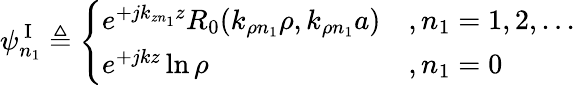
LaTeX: \psi_{n_{1}}^{\mathrm{~I~}}\triangleq\left\{ \begin{array}{ll}{e^{+jk_{zn_{1}}z}R_{0}(k_{\rho n_{1}}\rho,k_{\rho n_{1}}a)}&{,n_{1}=1,2,...}\\ {e^{+jkz}\ln\rho}&{,n_{1}=0}\end{array}\right.